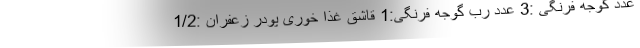
عدد گوجه فرنگی :3 عدد رب گوجه فرنگی:1 قاشق غذا خوری پودر زعفران :1/2